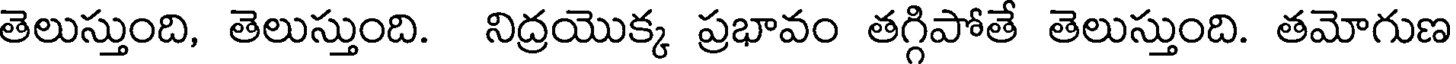
తెలుస్తుంది, తెలుస్తుంది. నిద్రయొక్క ప్రభావం తగ్గిపోతే తెలుస్తుంది. తమోగుణ